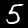
Digit: 5